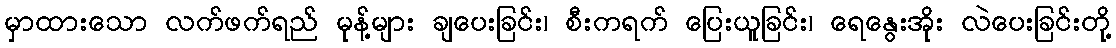
မှာထားသော လက်ဖက်ရည် မုန့်များ ချပေးခြင်း၊ စီးကရက် ပြေးယူခြင်း၊ ရေနွေးအိုး လဲပေးခြင်းတို့